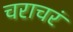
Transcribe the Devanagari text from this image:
चराचरं